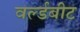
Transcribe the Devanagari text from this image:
वर्ल्डबीट